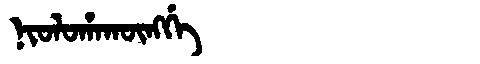
Manchu: ᠨᡳᠣᠯᠣᡥᠠᡴᡡᠩᡤᡝ
Romanization: NIOLOHAKŪNGGE